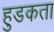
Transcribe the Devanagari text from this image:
हुडकता